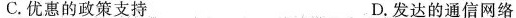
C.优惠的政策支持 D.发达的通信网络